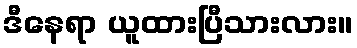
ဒီနေရာ ယူထားပြီသားလား။